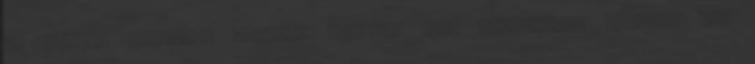
az utolsó életjele alapján február 15-i idœpontban jelölte meg